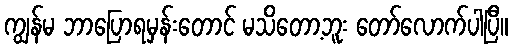
ကျွန်မ ဘာပြောရမှန်းတောင် မသိတော့ဘူး တော်လောက်ပါပြီ။